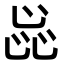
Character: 𬼫